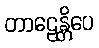
တာဠေန္တိပေ